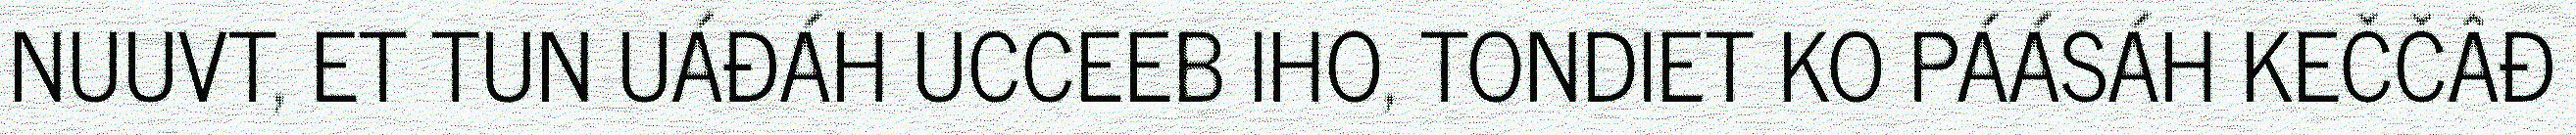
NUUVT, ET TUN UÁĐÁH UCCEEB IHO, TONDIET KO PÁÁSÁH KEČČÂĐ